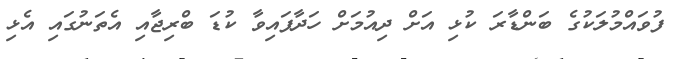
ފުވައްމުލަކުގެ ބަންޑާރަ ކުޅި އަށް ދިއުމަށް ހަދާފައިވާ ކުޑަ ބްރިޖާއި އެތަނުގައި އެޅި